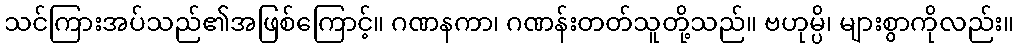
သင်ကြားအပ်သည်၏အဖြစ်ကြောင့်။ ဂဏနကာ၊ ဂဏန်းတတ်သူတို့သည်။ ဗဟုမ္ပိ၊ များစွာကိုလည်း။